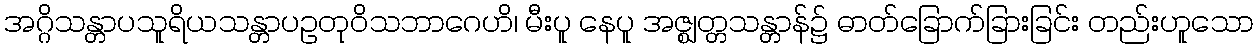
အဂ္ဂိသန္တာပသူရိယသန္တာပဥတုဝိသဘာဂေဟိ၊ မီးပူ နေပူ အဇ္ဈတ္တသန္တာန်၌ ဓာတ်ခြောက်ခြားခြင်း တည်းဟူသော